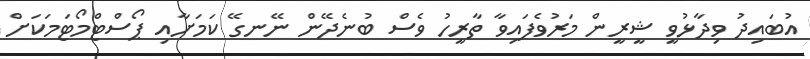
އުބައިދު ވިދާޅުވީ ޝީރީން މަރުވެފައިވާ ތާރީހު ވެސް ބުނެދޭން ނޭނގޭ ކަމަށާއި ޕޯސްޓްމޯޓަމަކަށް